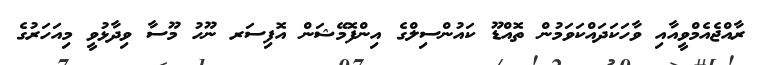
ރާއްޖެއެމްވީއާއި ވާހަކަދައްކަވަމުން ތޮއްޑޫ ކައުންސިލްގެ އިންފޮމޭޝަން އޮފިސަރ ނޫހު މޫސާ ވިދާޅުވީ މިއަހަރުގެ